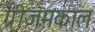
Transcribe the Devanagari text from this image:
ग्रीजमकाल